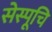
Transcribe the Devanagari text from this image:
सेस्पूचि